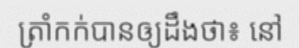
ត្រាំកក់បានឲ្យដឹងថា៖ នៅ